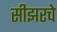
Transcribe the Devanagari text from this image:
सीझरचे